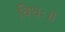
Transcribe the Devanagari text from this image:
विधः॥